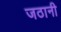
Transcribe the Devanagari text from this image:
जठानी